Medical and sanitary report of the native army of Bengal for the year
Year: 1878
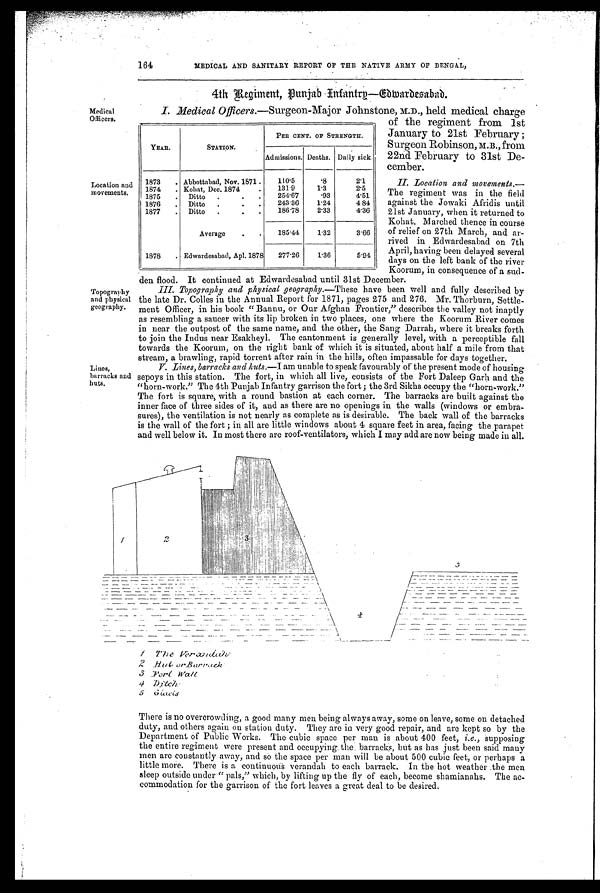
164
MEDICAL AND SANITARY REPORT OF THE NATIVE ARMY OF BENGAL,
4th Regiment, Punjab Infantry—Edwardesabad.
Medical
Officers.
Location and
movements.
Topography
and physical
geography.
Lines,
barracks and
huts.
I. Medical Officers.—Surgeon-Major Johnstone, M.D., held medical charge
of the regiment from 1st
.
January to 21st February ;
Surgeon Robinson, M.B., from.
22nd February to 31st De-
cember.
II. Location and movements.—
The regiment was in the field
against the Jowaki Afridis until
21st January, when it returned to
Kohat. Marched thence in course
of relief on 27th March, and ar-
rived in Edwardesabad on 7th
April, having been delayed several
days on the left bank of the river
Koorum, in consequence of a sud-
den flood. It continued at Edwardesabad until 31st December.
III Topography and physical geography. —These have been well and fully described by
the late Dr. Colles in the Annual Report for 1871, pages 275 and 276. Mr. Thorburn, Settle-
ment Officer, in his book " Bannu, or Our Afghan Frontier," describes the valley not inaptly
as resembling a saucer with its lip broken in two places, one where the Koorum River comes
in near the outpost of the same name, and the other, the Sang Darrah, where it breaks forth
to join the Indus near Esakheyl. The cantonment is generally level, with a perceptible fall
towards the Koorum, on the right bank of which it is situated, about half a mile from that
stream, a brawling, rapid torrent after rain in the hills, often impassable for days together.
V. Lines, barracks and huts. —I am unable to speak favourably of the present mode of housing
sepoys in this station. The fort, in which all live, consists of the Fort Daleep Garh and the
"horn-work." The 4th Punjab Infantry garrison the fort ; the 3rd Sikhs occupy the "horn-work."
The fort is square, with a round bastion at each corner. The barracks are built against the
inner face of three sides of it, and as there are no openings in the walls (windows or embra-
sures), the ventilation is not nearly as complete as is desirable. The back wall of the barracks
is the wall of the fort ; in all are little windows about 4 square feet in area, facing the parapet
and well below it. In most there are roof-ventilators, which I may add are now being made in all.
YEAR.
STATION.
PER CENT. OF STRENGTH.
Admissions. Deaths. Daily sick.
1873
Abbottabad, Nov. 1871
110.5
. 8
2.1
1874
Kohat, Dec. 1874
.
131.9
1.3
2.5
.
1875
Ditto
.
.
.
254.67
. 9 3
4.51
1876
Ditto
.
.
.
243.36
1.24
4 84
1877
.
Ditto
.
.
.
186.78
2.33
4.36
Average
.
.
185.44
1.32
3.66
277.26
1.36
5.94
1878
. Edwardesabad, Apl. 1878
1 T h e
V e r a n d a h
2 H u t o r B a r r a c k
3 Fort Wall
4 D i t c h
5 G l a c i s
There is no overcrowding, a good many men being always away, some on leave, some on detached
duty, and others again on station duty. They are in very good repair, and are kept so by the
Department of Public Works. The cubic space per man is about 400 feet, i.e., supposing
the entire regiment were present and occupying the barracks, but as has just been said many
men are constantly away, and so the space per man will be about 500 cubic feet, or perhaps a
little more. There is a continuous verandah to each barrack. In the hot weather the men
sleep outside under " pals," which, by lifting up the fly of each, become shamianahs. The ac-
commodation for the garrison of the fort leaves a great deal to be desired.